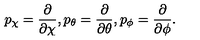
p _ { \chi } = \frac { \partial } { \partial \chi } , p _ { \theta } = \frac { \partial } { \partial \theta } , p _ { \phi } = \frac { \partial } { \partial \phi } .